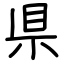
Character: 県